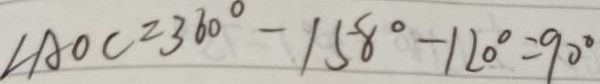
\angle A O C = 3 6 0 ^ { \circ } - 1 5 8 ^ { \circ } - 1 2 0 ^ { \circ } = 9 0 ^ { \circ }